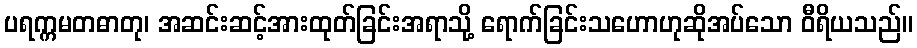
ပရက္ကမတဓာတု၊ အဆင်းဆင့်အားထုတ်ခြင်းအရာသို့ ရောက်ခြင်းသဟောဟုဆိုအပ်သော ဝီရိယသည်။